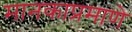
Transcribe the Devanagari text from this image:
मानकाप्रमाणे